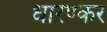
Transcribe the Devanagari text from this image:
धारण्कर